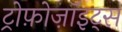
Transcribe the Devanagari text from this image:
ट्रोफ़ोज़ॉइट्स